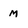
Character: m